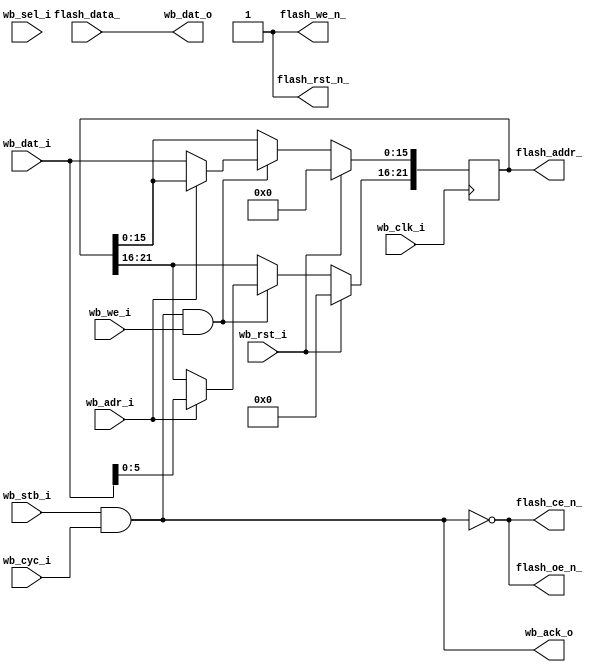
/*
 *  Wishbone Flash RAM core for Altera DE0 board
 *  Copyright (C) 2010  Donna Polehn <dpolehn@verizon.net>
 *
 *  This file is part of the Zet processor. This processor is free
 *  hardware; you can redistribute it and/or modify it under the terms of
 *  the GNU General Public License as published by the Free Software
 *  Foundation; either version 3, or (at your option) any later version.
 *
 *  Zet is distrubuted in the hope that it will be useful, but WITHOUT
 *  ANY WARRANTY; without even the implied warranty of MERCHANTABILITY
 *  or FITNESS FOR A PARTICULAR PURPOSE. See the GNU General Public
 *  License for more details.
 *
 *  You should have received a copy of the GNU General Public License
 *  along with Zet; see the file COPYING. If not, see
 *  <http://www.gnu.org/licenses/>.
 */

module flash16 (
     // Wishbone slave interface
    input           wb_clk_i,
    input           wb_rst_i,
    input  [15:0]   wb_dat_i,
    output [15:0]   wb_dat_o,
    input           wb_we_i,
    input           wb_adr_i,    // Wishbone address line
    input  [ 1:0]   wb_sel_i,
    input           wb_stb_i,
    input           wb_cyc_i,
    output          wb_ack_o,

    // Pad signals
    output [21:0] flash_addr_,
    input  [15:0] flash_data_,
    output        flash_we_n_,
    output        flash_oe_n_,
    output        flash_ce_n_,
    output        flash_rst_n_
  );

  // Registers and nets
  wire        op;
  wire        wr_command;
  reg  [21:0] address;

  // Combinatorial logic
  assign op = wb_stb_i & wb_cyc_i;

  assign flash_rst_n_ = 1'b1;
  assign flash_we_n_  = 1'b1;
  assign flash_oe_n_  = !op;
  assign flash_ce_n_  = !op;

  assign flash_addr_  = address;
  assign wr_command   = op & wb_we_i;  // Wishbone write access Signal

  assign wb_ack_o = op;
  assign wb_dat_o = flash_data_;

  // --------------------------------------------------------------------
  // Register addresses and defaults
  // --------------------------------------------------------------------
  `define FLASH_ALO   1'h0    // Lower 16 bits of address lines
  `define FLASH_AHI   1'h1    // Upper  6 bits of address lines
  always @(posedge wb_clk_i)  // Synchrounous
    if(wb_rst_i)
      address <= 22'h000000;  // Interupt Enable default
    else
      if(wr_command)          // If a write was requested
        case(wb_adr_i)        // Determine which register was writen to
            `FLASH_ALO: address[15: 0] <= wb_dat_i;
            `FLASH_AHI: address[21:16] <= wb_dat_i[5:0];
            default:    ;     // Default
        endcase               // End of case

endmodule